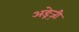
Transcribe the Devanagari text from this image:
अङ्रेज़ी